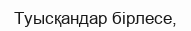
Туысқандар бірлесе,